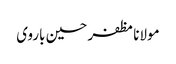
مولانا مظفر حسین باروی